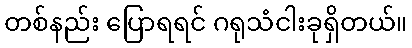
တစ်နည်း ပြောရရင် ဂရုသံငါးခုရှိတယ်။